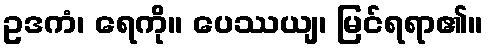
ဥဒကံ၊ ရေကို။ ပေဿယျ၊ မြင်ရရာ၏။